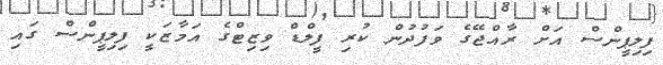
ފިލިޕީންސް އަށް ރާއްޖޭގެ ވަފުދުން ކުރި ފީލްޑް ވިޒިޓްގެ އަމާޒަކީ ފިލިޕީންސް ގައި